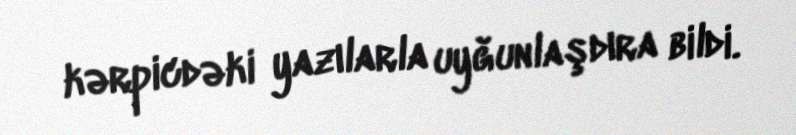
kərpicdəki yazılarla uyğunlaşdıra bildi.